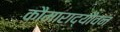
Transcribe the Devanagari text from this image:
कौमाराद्यौवनं